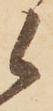
候